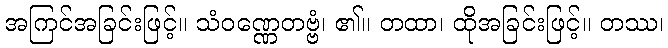
အကြင်အခြင်းဖြင့်။ သံဝဏ္ဏေတဗ္ဗံ၊ ၏။ တထာ၊ ထိုအခြင်းဖြင့်။ တဿ၊